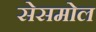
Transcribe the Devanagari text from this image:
सेसमोल